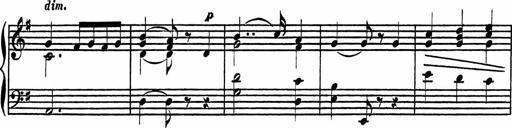
Title: 4 Piano Sonatinas
Composer: Adam Geibel